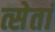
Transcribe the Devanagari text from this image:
त्सेतां